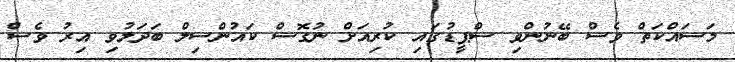
މަސައްކަތް ވެސް ބޭނުންވި ސްޕީޑުގައި ކުރިއަށް ނުގޮސް ކައުންސިލް ބަދަލުވި އިރު ވެސް